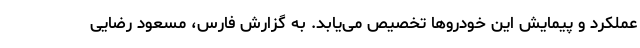
عملکرد و پیمایش این خودروها تخصیص می‌یابد. به گزارش فارس، مسعود رضایی